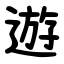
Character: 遊